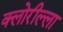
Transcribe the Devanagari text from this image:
क्लोरील्ला